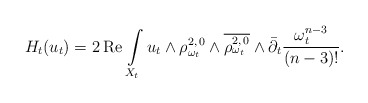
\begin{align*}H_t (u_t)= 2 \,\mbox{Re}\,\int\limits_{X_t} u_t\wedge\rho_{\omega_t} ^{2,\,0}\wedge\overline{\rho_{\omega_t} ^{2,\,0}}\wedge\bar\partial_t \frac{\omega_t ^{n-3}}{(n-3)!}.\end{align*}